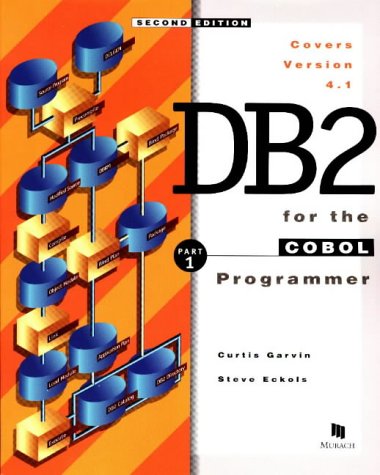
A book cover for DB2 for the COBOL Programmer, Part 1, 2nd Ed.; Curtis Garvin; Computers & Technology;